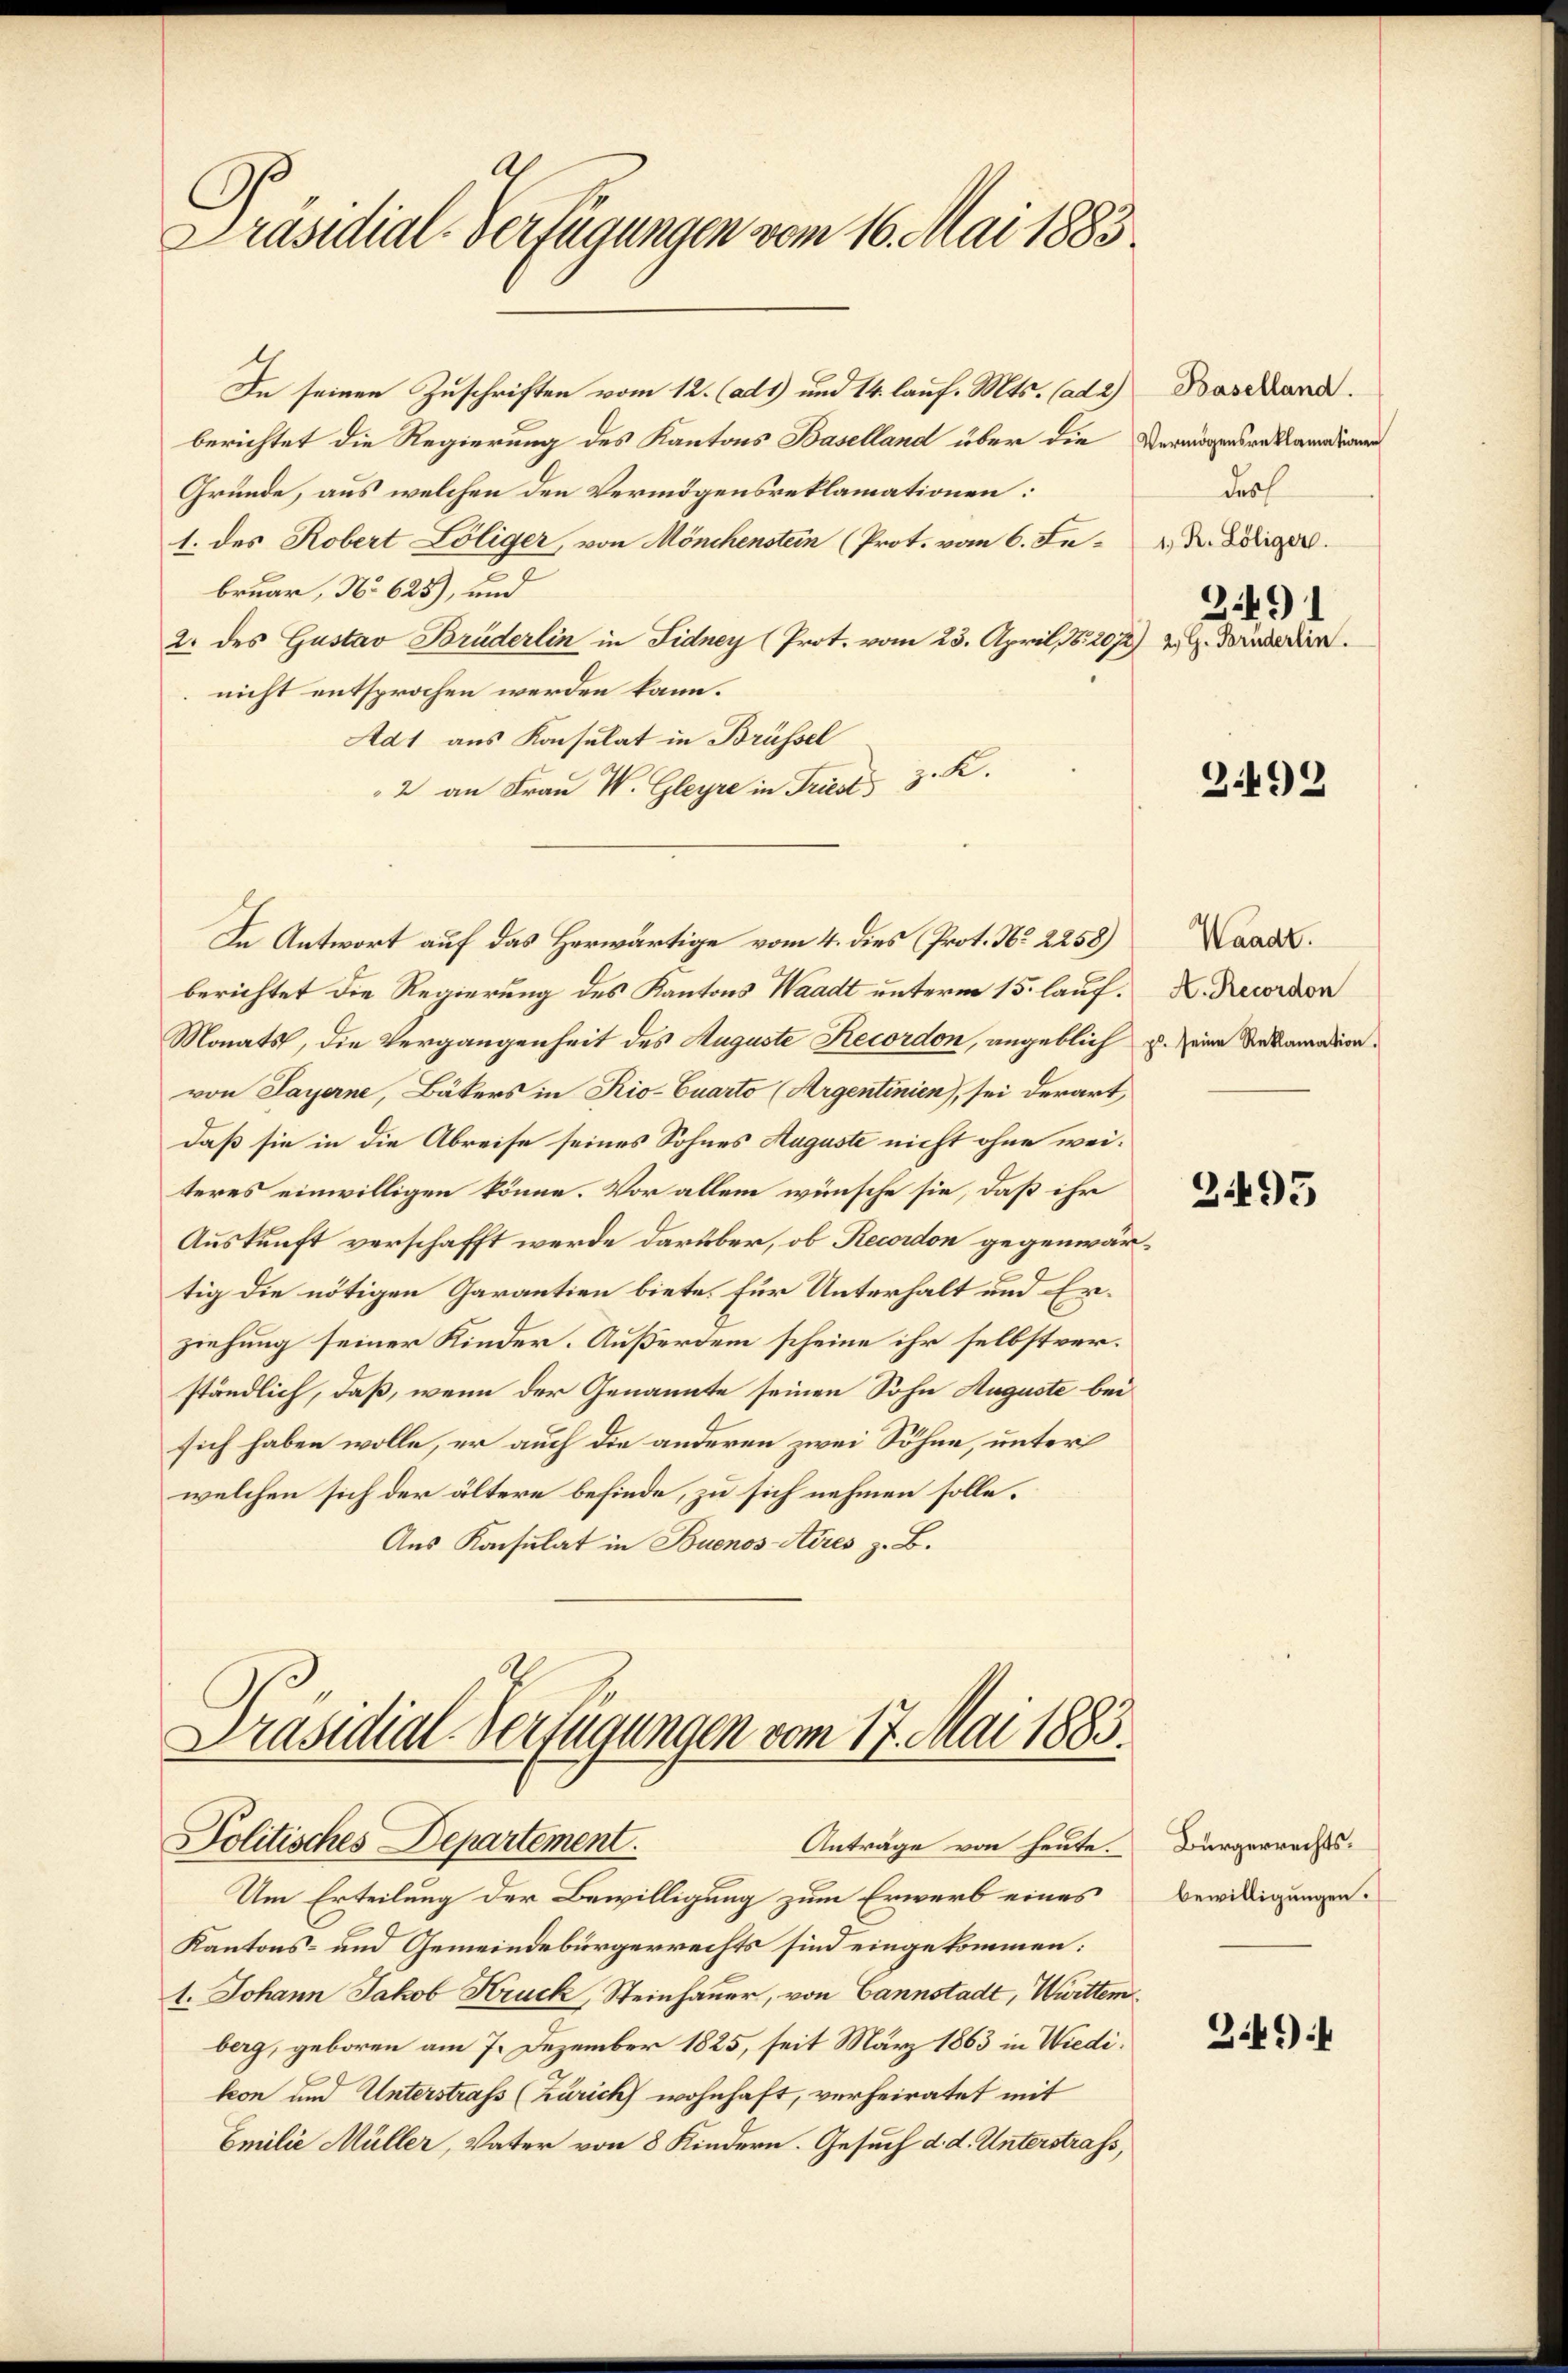
Präsidial-Verfügungen vom 16. Mai 1883.

In seinen Zuschriften vom 12. (ad1) und 14. lauf. Mts. (ad 2)
berichtet die Regierung des Kantons Baselland über die Vermögensrestandernen
Gründe, aus welchen den Vermögensreklamationen:
1. des Robert Löliger, von Mönchenstein (Prot. vom 6. Fe
bruar, No 625), und
2. des Gustav Brüderlin in Fidney (Prot. vom 23. April 1852072) 2) G. damadier.
nicht entsprochen werden kann.
Ad1 aus Konsulat in Brüssel
2 an Frau W. Gleyre in Triest, 3. K
In Antwort auf das Herwärtige vom 4. dies (Prot. No. 2258)
berichtet die Regierung des Kantons Waadt unterm 15. lauf.
Monats, die Vergangenheit des Auguste Recordon, angeblich
von Payerne, Bäkers in Rio-Quarto (Argentinien), sei derart,
daß sie in die Abreise seines Sohnes Auguste nicht ohne weiteres einwilligen könne. Vor allem wünsche sie, daß ihr
Auskunft verschafft werde darüber, ob Recordon gegenwärtig die nötigen Garantien biete, für Unterhalt und Erziehung seiner Kinder. Außerdem scheine ihr selbstverständlich, daß, wenn der Genannte seinen Sohn Auguste bei
sich haben wolle, er auch die anderen zwei Söhne, unter
welchen sich der ältere befinde, zu sich nehmen solle.
Aus Konsulat in Buenos Aires z. B.

Präsidial-Verfügungen vom 17. Mai 1883.
Politisches Departement.
Anträge von heute.

Um Erteilung der Bewilligung zum Erwerb eines
Kantons- und Gemeindebürgerrechts sind eingekommen:
1. Johann Jakob Kruck, Steinhauer, von Cannstadt, Württem
berg, geboren am 7. Dezember 1825, seit März 1863 in Wiedikon und Unterstrafs (Zürich wohnhaft, verheiratet mit
Emilie Müller, Vater von 8 Kindern. Gesuch d. d. Unterstrafs,

Baselland.
dach
1 R. Löliger.
3.491

3.499

Waadt.
A. Recordon
p. seine Reklamation.

2495

Bürgerrechtsbewilligungen.

349)